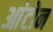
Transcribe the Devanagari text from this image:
आंटोन